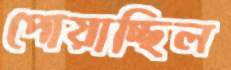
পোয়াচ্ছিল